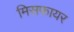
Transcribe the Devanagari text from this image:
मिसफायर